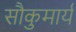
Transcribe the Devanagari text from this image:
सौकुमार्य